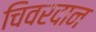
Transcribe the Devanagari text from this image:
चिवरदान